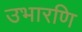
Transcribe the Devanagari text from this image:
उभारणि